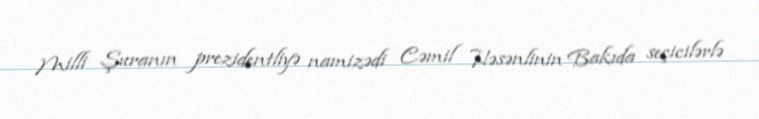
Milli Şuranın prezidentliyə namizədi Cəmil Həsənlinin Bakıda seçicilərlə